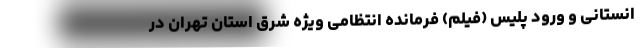
انستانی و ورود پلیس (فیلم) فرمانده انتظامی ویژه شرق استان تهران در